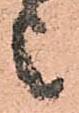
上